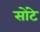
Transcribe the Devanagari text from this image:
सोंटे